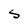
Character: S